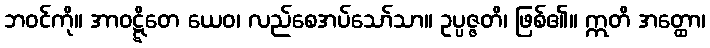
ဘဝင်ကို။ အာဝဋ္ဋိတေ ယေဝ၊ လည်စေအပ်သော်သာ။ ဥပ္ပဇ္ဇတိ၊ ဖြစ်၏။ ဣတိ အတ္ထော၊